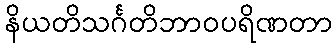
နိယတိသင်္ဂတိဘာဝပရိဏတာ